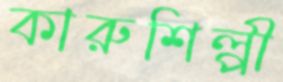
কারুশিল্পী